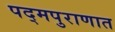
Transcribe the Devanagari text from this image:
पद्मपुराणात